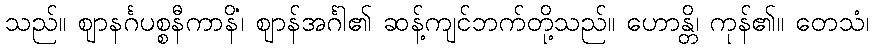
သည်။ ဈာနင်္ဂပစ္စနီကာနိံ၊ ဈာန်အင်္ဂါ၏ ဆန့်ကျင်ဘက်တို့သည်။ ဟောန္တိ၊ ကုန်၏။ တေသံ၊